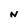
Character: N